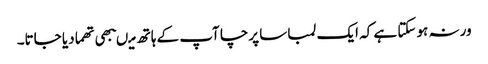
ورنہ ہو سکتا ہے کہ ایک لمبا سا پرچا آپ کے ہاتھ میںبھی تھما دیا جاتا۔